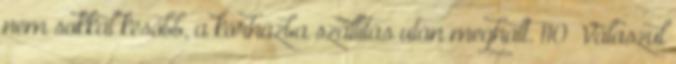
nem sokkal később, a kórházba szállítás után meghalt. 110 Válaszul